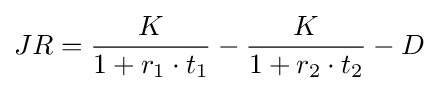
JR={\frac {K}{1+r_{1}\cdot t_{1}}}-{\frac {K}{1+r_{2}\cdot t_{2}}}-D